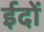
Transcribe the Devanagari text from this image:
ईदों